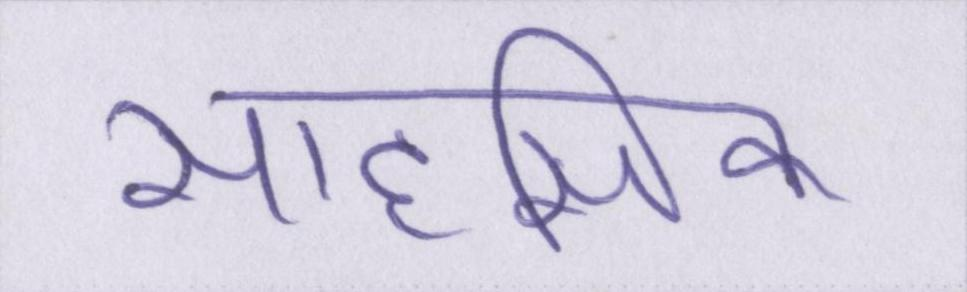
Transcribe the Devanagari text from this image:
साहसिक